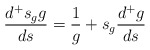
\begin{align*}\frac{d^+ s_g g}{ds}=\frac{1}{g} + s_g\frac{d^+g}{ds}\end{align*}